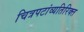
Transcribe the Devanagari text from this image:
चित्रपटांव्यतिरिक्त